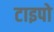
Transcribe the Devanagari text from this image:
टाइपो